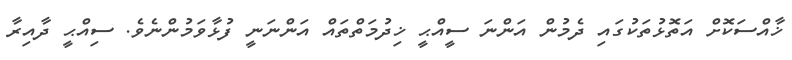
ޚާއްސަކޮށް އަތޮޅުތަކުގައި ދެމުން އަންނަ ސީއްޙީ ޚިދުމަތްތައް އަންނަނީ ފުޅާވަމުންނެވެ. ސިއްޙީ ދާއިރާ